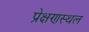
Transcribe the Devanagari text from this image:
प्रेक्षणस्थल